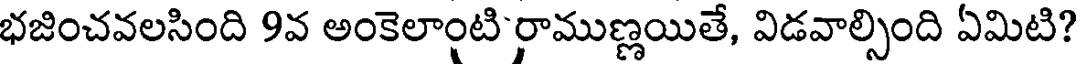
భజించవలసింది 9వ అంకెలాంటి రాముణ్ణయితే, విడవాల్సింది ఏమిటి?